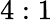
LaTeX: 4:1